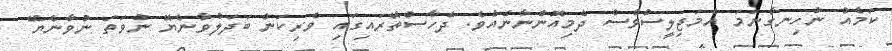
ކަމެއް ނުހިނގާނަމަ އެމަޖިލީސްވެސް ދެމިއޮންނާނެއެވެ. ދެހާސްތޭރައިގައި ވެރިކަން ބަދަލުވާނެޔޭ ނުވަތަ ނުވާނެޔޭ